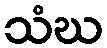
သံဃ